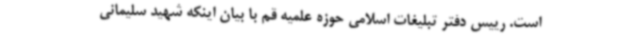
است. رییس دفتر تبلیغات اسلامی حوزه علمیه قم با بیان اینکه شهید سلیمانی